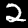
Digit: 2